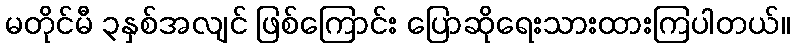
မတိုင်မီ ၃နှစ်အလျင် ဖြစ်ကြောင်း ပြောဆိုရေးသားထားကြပါတယ်။